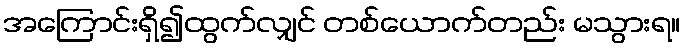
အကြောင်းရှိ၍ထွက်လျှင် တစ်ယောက်တည်း မသွားရ။